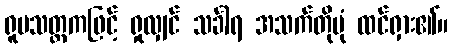
ရူပသတ္တကဖြင့် ရှုလျှင် သင်္ခါရ အသက်တိုပုံ ထင်ရှား၏။